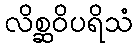
လိစ္ဆဝိပရိသံ